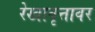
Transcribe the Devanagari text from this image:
रेखावृत्तावर